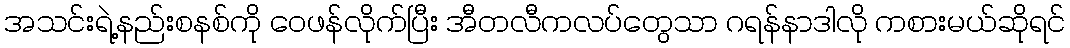
အသင်းရဲ့နည်းစနစ်ကို ဝေဖန်လိုက်ပြီး အီတလီကလပ်တွေသာ ဂရန်နာဒါလို ကစားမယ်ဆိုရင်